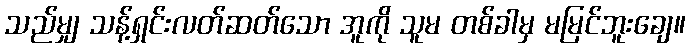
သည်မျှ သန့်ရှင်းလတ်ဆတ်သော အူကို သူမ တစ်ခါမှ မမြင်ဘူးချေ။